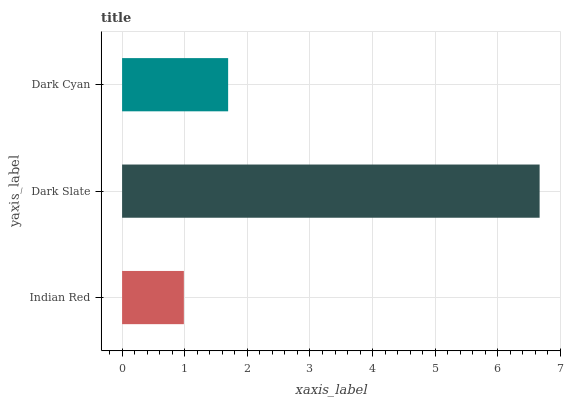
| yaxis_label | bars |
 | --- | --- |
 | Indian Red | 0.986 |
 | Dark Slate | 6.67 |
 | Dark Cyan | 1.69 |